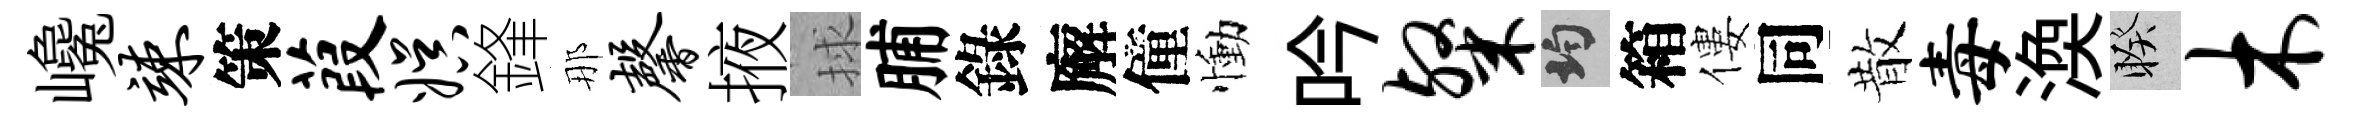
巉竦策葭娱鋒那馨掖捄脯錄廨僮慟吟粲均箱僂同散毒渙睽木